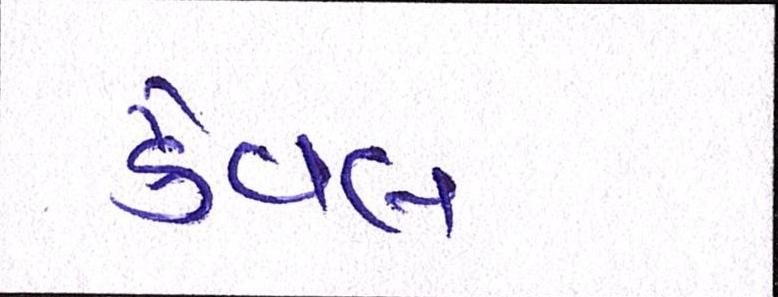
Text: કૈવલ